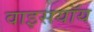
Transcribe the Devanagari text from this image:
वाइसयॉय